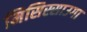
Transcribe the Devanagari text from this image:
मिसिस्साउगा